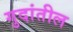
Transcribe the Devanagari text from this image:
गुदांतील